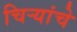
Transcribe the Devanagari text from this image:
चिर्‍यांचे